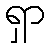
ရှာ